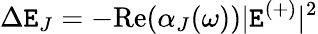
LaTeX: \Delta\mathtt{E}_{J}=-\mathrm{{Re}}\! \left(\alpha_{J}(\omega)\right)|\mathtt{E}^{(+)}|^{2}